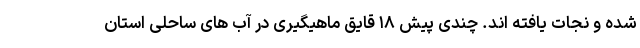
شده و نجات یافته اند. چندی پیش ۱۸ قایق ماهیگیری در آب های ساحلی استان